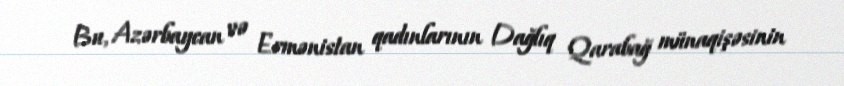
Bu, Azərbaycan və Ermənistan qadınlarının Dağlıq Qarabağ münaqişəsinin